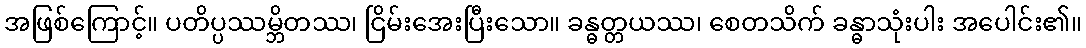
အဖြစ်ကြောင့်။ ပတိပ္ပဿမ္ဘိတဿ၊ ငြိမ်းအေးပြီးသော။ ခန္ဓတ္တယဿ၊ စေတသိက် ခန္ဓာသုံးပါး အပေါင်း၏။